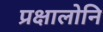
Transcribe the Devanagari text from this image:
प्रक्षालोनि